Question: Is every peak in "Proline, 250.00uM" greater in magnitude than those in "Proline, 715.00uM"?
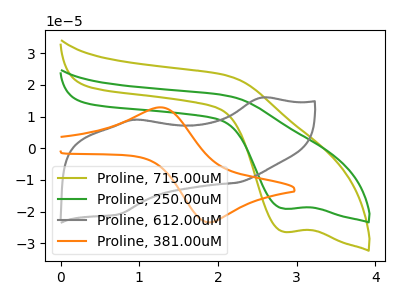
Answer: <think>The olive curve "Proline, 715.00uM" has a cathodic peak at: (2.85V, -26.40uA). The green curve "Proline, 250.00uM" has a cathodic peak at: (2.85V, -19.10uA). The gray curve "Proline, 612.00uM" has anodic peaks at (2.55V, 15.95uA) (0.95V, 9.00uA) and cathodic peaks at (2.25V, -10.90uA) (0.75V, -20.85uA). The orange curve "Proline, 381.00uM" has an anodic peak at (1.25V, 12.90uA) and a cathodic peak at (1.90V, -23.40uA).</think>
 <answer>Every peak in "Proline, 250.00uM" is lower than every peak in "Proline, 715.00uM".</answer>
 <eval>lower</eval>